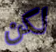
لكن